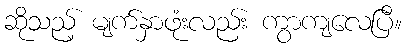
ဆိုသည့် မျက်နှာဖုံးလည်း ကွာကျလေပြီ။